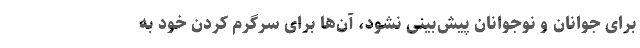
برای جوانان و نوجوانان پیش‌بینی نشود، آن‌ها برای سرگرم کردن خود به